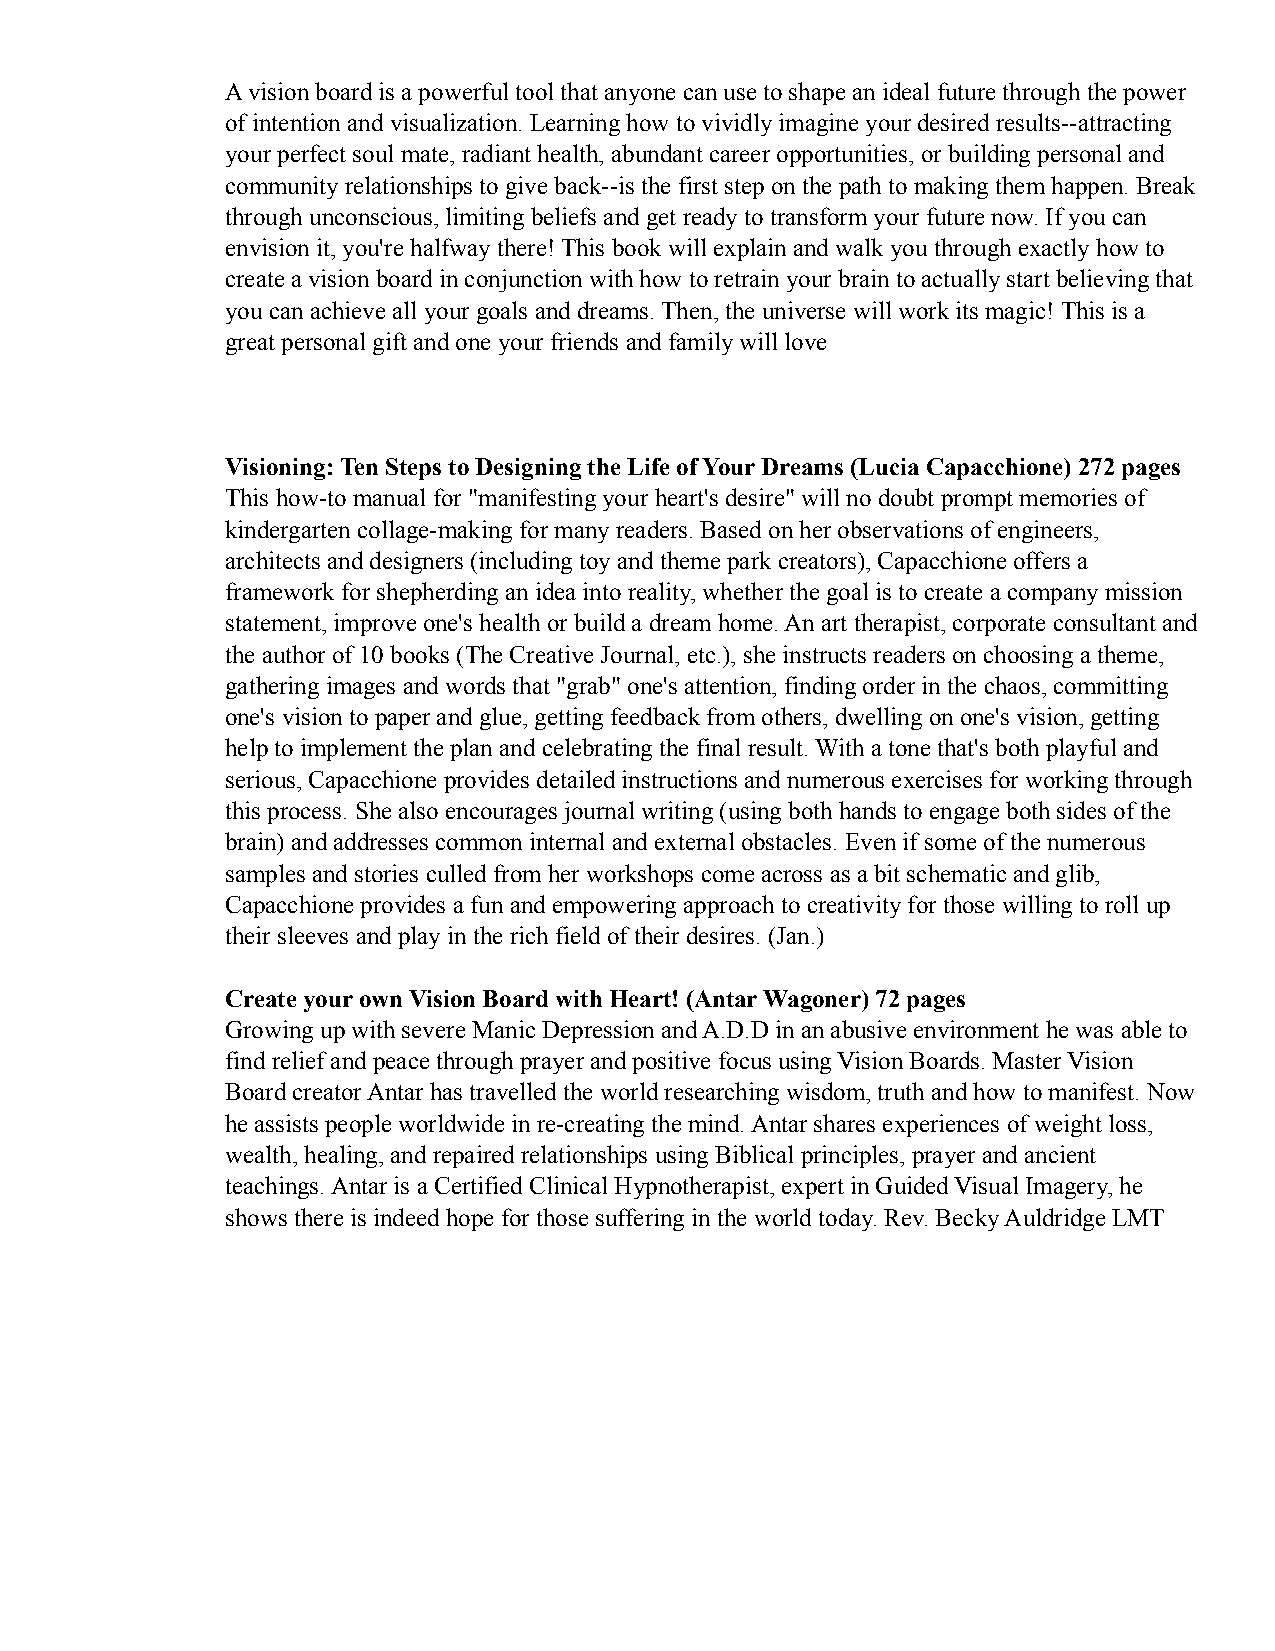
A vision board is a powerful tool that anyone can use to shape an ideal future through the power
 of intention and visualization. Learning how to vividly imagine your desired results--attracting
 your perfect soul mate, radiant health, abundant career opportunities, or building personal and
 community relationships to give back--is the first step on the path to making them happen. Break
 through unconscious, limiting beliefs and get ready to transform your future now. If you can
 envision it, you're halfway there! This book will explain and walk you through exactly how to
 create a vision board in conjunction with how to retrain your brain to actually start believing that
 you can achieve all your goals and dreams. Then, the universe will work its magic! This is a
 great personal gift and one your friends and family will love
 Visioning: Ten Steps to Designing the Life of Your Dreams (Lucia Capacchione) 272 pages
 This how-to manual for "manifesting your heart's desire" will no doubt prompt memories of
 kindergarten collage-making for many readers. Based on her observations of engineers,
 architects and designers (including toy and theme park creators), Capacchione offers a
 framework for shepherding an idea into reality, whether the goal is to create a company mission
 statement, improve one's health or build a dream home. An art therapist, corporate consultant and
 the author of 10 books (The Creative Journal, etc.), she instructs readers on choosing a theme,
 gathering images and words that "grab" one's attention, finding order in the chaos, committing
 one's vision to paper and glue, getting feedback from others, dwelling on one's vision, getting
 help to implement the plan and celebrating the final result. With a tone that's both playful and
 serious, Capacchione provides detailed instructions and numerous exercises for working through
 this process. She also encourages journal writing (using both hands to engage both sides of the
 brain) and addresses common internal and external obstacles. Even if some of the numerous
 samples and stories culled from her workshops come across as a bit schematic and glib,
 Capacchione provides a fun and empowering approach to creativity for those willing to roll up
 their sleeves and play in the rich field of their desires. (Jan.)
 Create your own Vision Board with Heart! (Antar Wagoner) 72 pages
 Growing up with severe Manic Depression and A.D.D in an abusive environment he was able to
 find relief and peace through prayer and positive focus using Vision Boards. Master Vision
 Board creator Antar has travelled the world researching wisdom, truth and how to manifest. Now
 he assists people worldwide in re-creating the mind. Antar shares experiences of weight loss,
 wealth, healing, and repaired relationships using Biblical principles, prayer and ancient
 teachings. Antar is a Certified Clinical Hypnotherapist, expert in Guided Visual Imagery, he
 shows there is indeed hope for those suffering in the world today. Rev. Becky Auldridge LMT